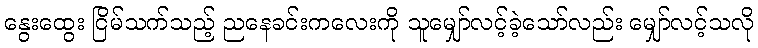
နွေးထွေး ငြိမ်သက်သည့် ညနေခင်းကလေးကို သူမျှော်လင့်ခဲ့သော်လည်း မျှော်လင့်သလို